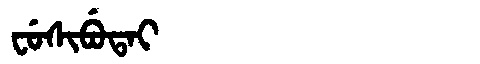
Manchu: ᠸᡠᠰᡳᠪᡠᡨᠠᡳ
Romanization: FUSIBUTAI